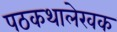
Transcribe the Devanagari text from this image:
पठकथालेखक